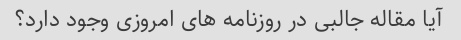
آیا مقاله جالبی در روزنامه های امروزی وجود دارد؟